Annual report on the lock hospitals of the Madras Presidency
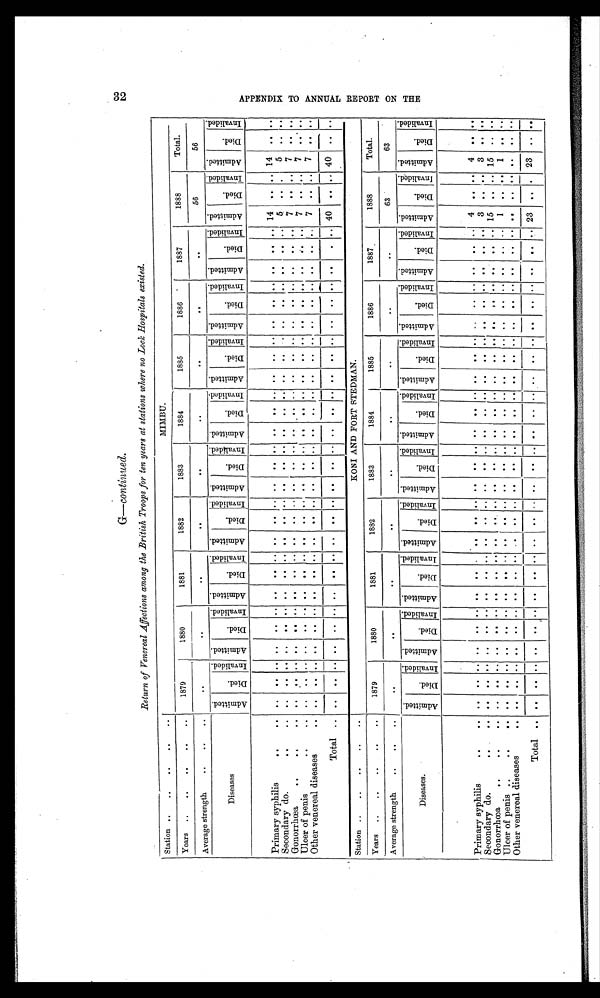
G—continued.
Return of Venereal Affections among the British Troops for ten years at stations where no Lock Hospitals existed.
Station
. .
. .
MIMBU.
Years
. .
. .
1879
I
1880
1881
1882
1883
1884
1885
1886
1887
1888
Total.
Average strength
. .
. .
. .
. .
. .
. .
. .
. .
. .
. .
. .
56
56
Diseases
Ad mi t t e d .
Di ed.
I n v a l i d e d . Ad mi t t e d .
Di ed.
I n v a l i d e d . A d m i t t e d .
D i e d .
I nval i ded.
A d m i t t e d .
D i e d .
I n v a l i d e d . A d m i t t e d .
D i e d .
I n v a l i d e d . A d m i t t e d .
D i e d .
I n v a l i d e d .
A d m i t t e d .
Di ed.
I nval i ded. A d m i t t e d .
D i e d .
I nval i ded.
A d m i t t e d .
D i e d .
I n v a l i d e d . A d m i t t e d .
D i e d .
I n v a l i d e d .
A d m i t t e d .
D i e d .
I n v a l i d e d .
Primary syphilis
. .
. . .. .. .. ..
..
.. . .
. . ..
. .
. . . . . .
. . .. ..
. .
. . . . ..
..
. . .. ..
. .
. .
. . 14
. .
. . 14
. . . .
Secondary do.
. .
. .
. . ..
. . ..
..
. . . .
. . ..
. .
. . . . . .
. . .. ..
. .
. . . .
.. ..
. . .. ..
. .
. . . . 5
. . . .
5
. . . .
Gonorrhœa
. .
. . ..
..
. . .. ..
. . . .
. . ..
. .
. . . . . .
. . .. ..
. .
. . . . .. .. . .
.. ..
. .
. . . . 7
. . . . 7
. . . .
Ulcer of penis
. .
. . ..
.. .. ..
..
.. . .
. . ..
. .
. . . . . .
. . .. ..
. .
. . . .
.. ..
. . .. ..
. .
. . . . 7
. .
. . 7
. . . .
Other venereal diseases
. . ..
.. .. ..
..
.. . .
. . ..
. .
. . . .
. . . . .. ..
. .
. . . .
.. ..
. . .. ..
. .
. . . . 7
. .
. . 7
. . . .
Total
. . .. ..
..
.. ..
. .
. .
. .
..
. .
..
. . . .
. . .. ..
. .
. .
..
..
..
. . ..
..
. .
. .
. .
40
. .
. .
40
. .
. .
Station ..
..
..
. .
. .
KONI AND FORT STEDMAN.
Years ..
..
..
. .
. .
1879
1880
1881
1882
1883
1884
1885
1886
1887
1888
Total.
Average strength
..
. .
..
. .
. .
. .
. .
. .
. .
. .
. .
. .
63
63
Diseases.
Ad mi t t e d .
D i e d
I n v a l i d e d .
Admi t t ed.
D i e d .
I n v a l i d e d .
A d m i t t e d .
D i e d .
I nval i ded.
A d m i t t e d .
D i e d .
I n v a l i d e d . A d m i t t e d .
D i e d .
I n v a l i d e d . Ad mi t t e d .
D i e d .
I n v a l i d e d . A d m i t t e d .
Di ed.
I nval i ded.
A d m i t t e d .
Di ed.
I nval i ded.
A d m i t t e d .
D i e d .
I n v a l i d e d .
A d m i t t e d .
D i e d .
I n v a l i d e d . A d m i t t e d .
D i e d .
I n v a l i d e d .
Primary syphilis
. .
. . ..
.. .. .. ..
.. . .
. .
..
. .
. .
. .
. .
. . .. ..
. .
. . . .
.. ..
. . .. ..
. .
. . . .
. .
. .
. . 4
. . . .
Secondary do.
. .
. . ..
.. .. ..
..
.. . .
. . ..
. .
. . . . . .
. . .. ..
. .
. . . .
.. ..
. . .. ..
. .
. .
. . 3
. .
. . 3
. .
. .
Gonorrhœa
. .
. . .. .. .. ..
..
.. . .
. . ..
. .
. . . . . .
. . .. ..
. .
. . . .
.. ..
. . .. ..
. .
. . . . 15
. . . . 15
. .
. .
Ulcer of penis ..
. .
. . ..
.. .. ..
..
.. . .
. . ..
. .
. . . . . .
. . .. ..
. .
. . . .
.. ..
. . .. ..
. .
. .
. . 1
. .
. . 1
. .
. .
Other venereal diseases
. . ..
.. .. ..
..
.. . .
. . ..
. .
. . . . . .
. . .. ..
. .
. . . .
.. ..
. . .. ..
. .
. .
. . . .
. .
. .
. .
. .
Total
. . ..
.. .. ..
..
. .
. .
. . ..
. .
. . . .
. . . . .. ..
. .
. . . .
.. ..
. . .. ..
. .
. .
. . 23
. . . . 23
. .
. .
32
A P P E N D I X T O A N N U A L R E P O R T O N T H E